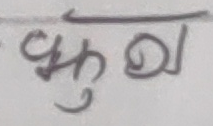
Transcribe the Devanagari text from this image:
कुचल